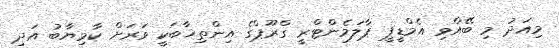
މިއަދު މި ބޭއްވި އެމްޑީޕީ ޕާލަމެންޓްރީ ގްރޫޕްގެ އިންތިޚާބަކީ ވަރަށް ކާމިޔާބު އަދި